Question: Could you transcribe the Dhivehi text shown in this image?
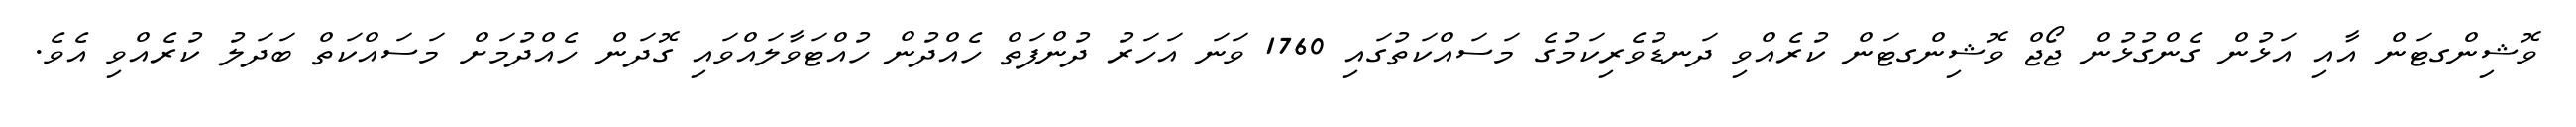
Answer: ވޮޝިންގޓަން އާއި އަޅުން ގެންގުޅުން ޖޯޖް ވޮޝިންގޓަން ކުރެއްވި ދަނޑުވެރިކަމުގެ މަސައްކަތުގައި 1760 ވަނަ އަހަރު ދުންފަތް ހެއްދުން ހުއްޓަވާލައްވައި ގޮދަން ހެއްދުމަށް މަސައްކަތް ބަދަލު ކުރެއްވި އެވެ.